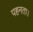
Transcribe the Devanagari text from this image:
पहनता।